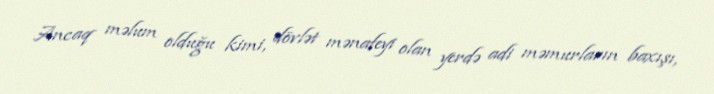
Ancaq məlum olduğu kimi, dövlət mənafeyi olan yerdə adi məmurların baxışı,